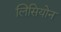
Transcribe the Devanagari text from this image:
लिसियोन